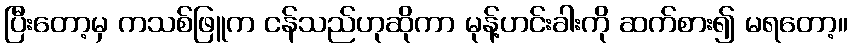
ပြီးတော့မှ ကသစ်ဖြူက ငန်သည်ဟုဆိုကာ မုန့်ဟင်းခါးကို ဆက်စား၍ မရတော့။